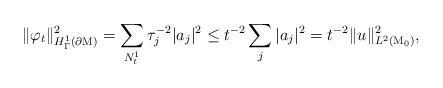
LaTeX: \begin{align*}\|\varphi_t\|_{H_\Gamma^1(\partial \mathrm{M})}^2=\sum_{N_t^1} \tau_j^{-2} |a_j|^2\le t^{-2}\sum_j |a_j|^2=t^{-2}\|u\|_{L^2(\mathrm{M}_0)}^2,\end{align*}